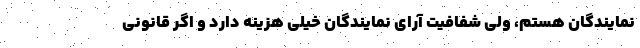
نمایندگان هستم، ولی شفافیت آرای نمایندگان خیلی هزینه دارد و اگر قانونی